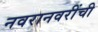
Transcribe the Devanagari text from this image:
नवरानवरींची